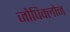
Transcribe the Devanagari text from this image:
जोपिक्लोन